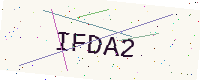
Text: IFDA2